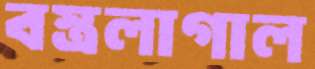
বস্ত্রলাগাল